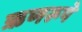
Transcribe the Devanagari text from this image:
ऋणरूपे